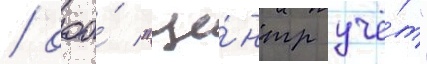
/ ооо́ "це́нтр учё́т"